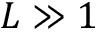
L \gg 1